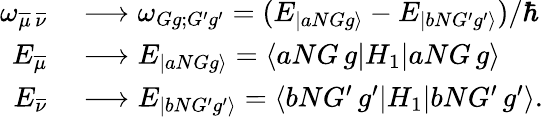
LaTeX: \begin{array}{rl}{\omega_{\overline{{\mu}}\, \overline{{\nu}}}}&{{}\longrightarrow\omega_{Gg;G^{\prime}g^{\prime}}=(E_{|aNGg\rangle}-E_{|bNG^{\prime}g^{\prime}\rangle})/{\hbar}}\\ {E_{\overline{{\mu}}}}&{{}\longrightarrow E_{|aNGg\rangle}=\langle aNG\, g|{H_{1}}|aNG\, g\rangle}\\ {E_{\overline{{\nu}}}}&{{}\longrightarrow E_{|bNG^{\prime}g^{\prime}\rangle}=\langle bNG^{\prime}\, g^{\prime}|{H_{1}}|bNG^{\prime}\, g^{\prime}\rangle.}\end{array}